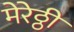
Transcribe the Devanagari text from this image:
मेरेठ्ठी